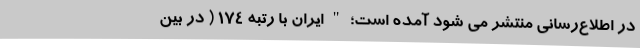
در اطلاع‌رسانی منتشر می شود آمده است؛ " ایران با رتبه ۱۷۴ ( در بین